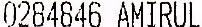
0284846 AMIRUL